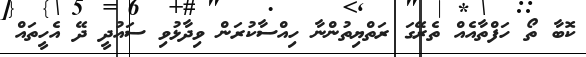
ކޮބާ ތޯ ހަފްތާއެއް ތެރޭގަ ރަތްޔިތުންނާ ހިއްސާކުރަން ވިދާޅުވި ސައުދީ ދޭ އެހީތައް